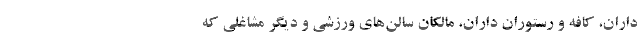
داران، کافه و رستوران داران، مالکان سالن‌های ورزشی و دیگر مشاغلی که